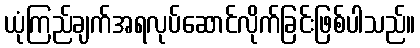
ယုံကြည်ချက်အရလုပ်ဆောင်လိုက်ခြင်းဖြစ်ပါသည်။